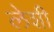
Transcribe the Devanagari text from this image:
लेशी